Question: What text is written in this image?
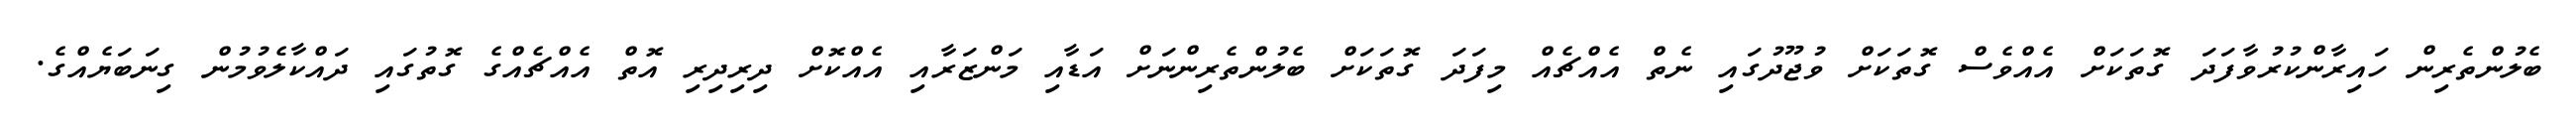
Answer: ބެލުންތެރިން ހައިރާންކުރުވާފަދަ ގޮތަކަށް އެއްވެސް ގޮތަކަށް ވުޖޫދުގައި ނެތް އެއްޗެއް މިފަދަ ގޮތަކަށް ބެލުންތެރިންނަށް އަޑާއި މަންޒަރާއި އެއްކޮށް ދިރިދިރި އޮތް އެއްޗެއްގެ ގޮތުގައި ދައްކާލެވުމުން ގިނަބަޔެއްގެ.